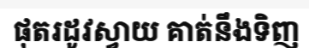
ផុតរដូវស្វាយ គាត់នឹងទិញ